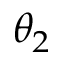
\theta _ { 2 }